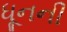
ધૂનની